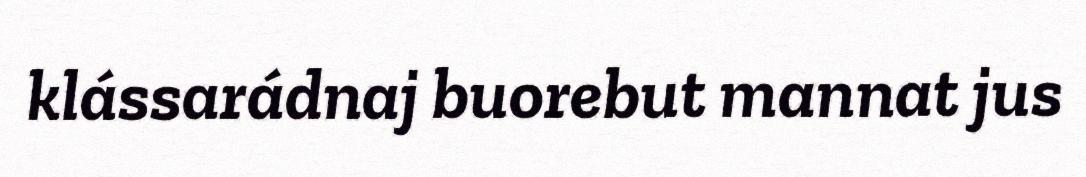
klássarádnaj buorebut mannat jus